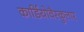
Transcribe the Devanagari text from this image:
कार्डियोवैस्कुलार